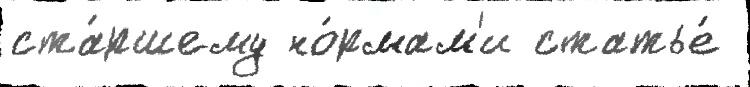
ста́ршему но́рмам'и статье́